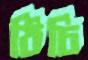
ঠিচি